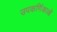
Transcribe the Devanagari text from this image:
उपकर्णिकाओं